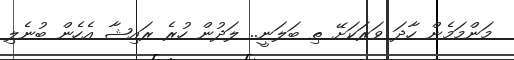
މަންމަމެން ހާދަ ވަރަކަށޭ ތި ބަލަނީ.. ލަދުން ހުރެ ރައިޝާ އެހެން ބުނެލި